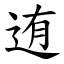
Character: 迶